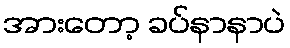
အားတော့ ခပ်နာနာပဲ